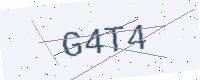
Text: G4T4